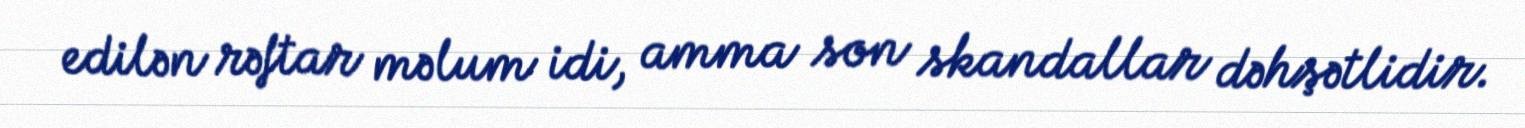
edilən rəftar məlum idi, amma son skandallar dəhşətlidir.